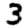
Digit: 3